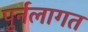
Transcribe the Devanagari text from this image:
पुर्नलागत